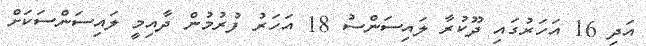
އަދި 16 އަހަރުގައި ދޫކުރާ ލައިސަންސު 18 އަހަރު ފުރުމުން ދާއިމީ ލައިސަންސަކަށް